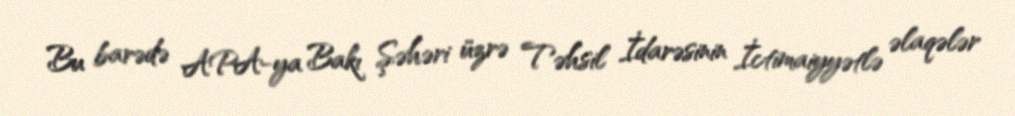
Bu barədə APA-ya Bakı Şəhəri üzrə Təhsil İdarəsinin İctimaiyyətlə əlaqələr